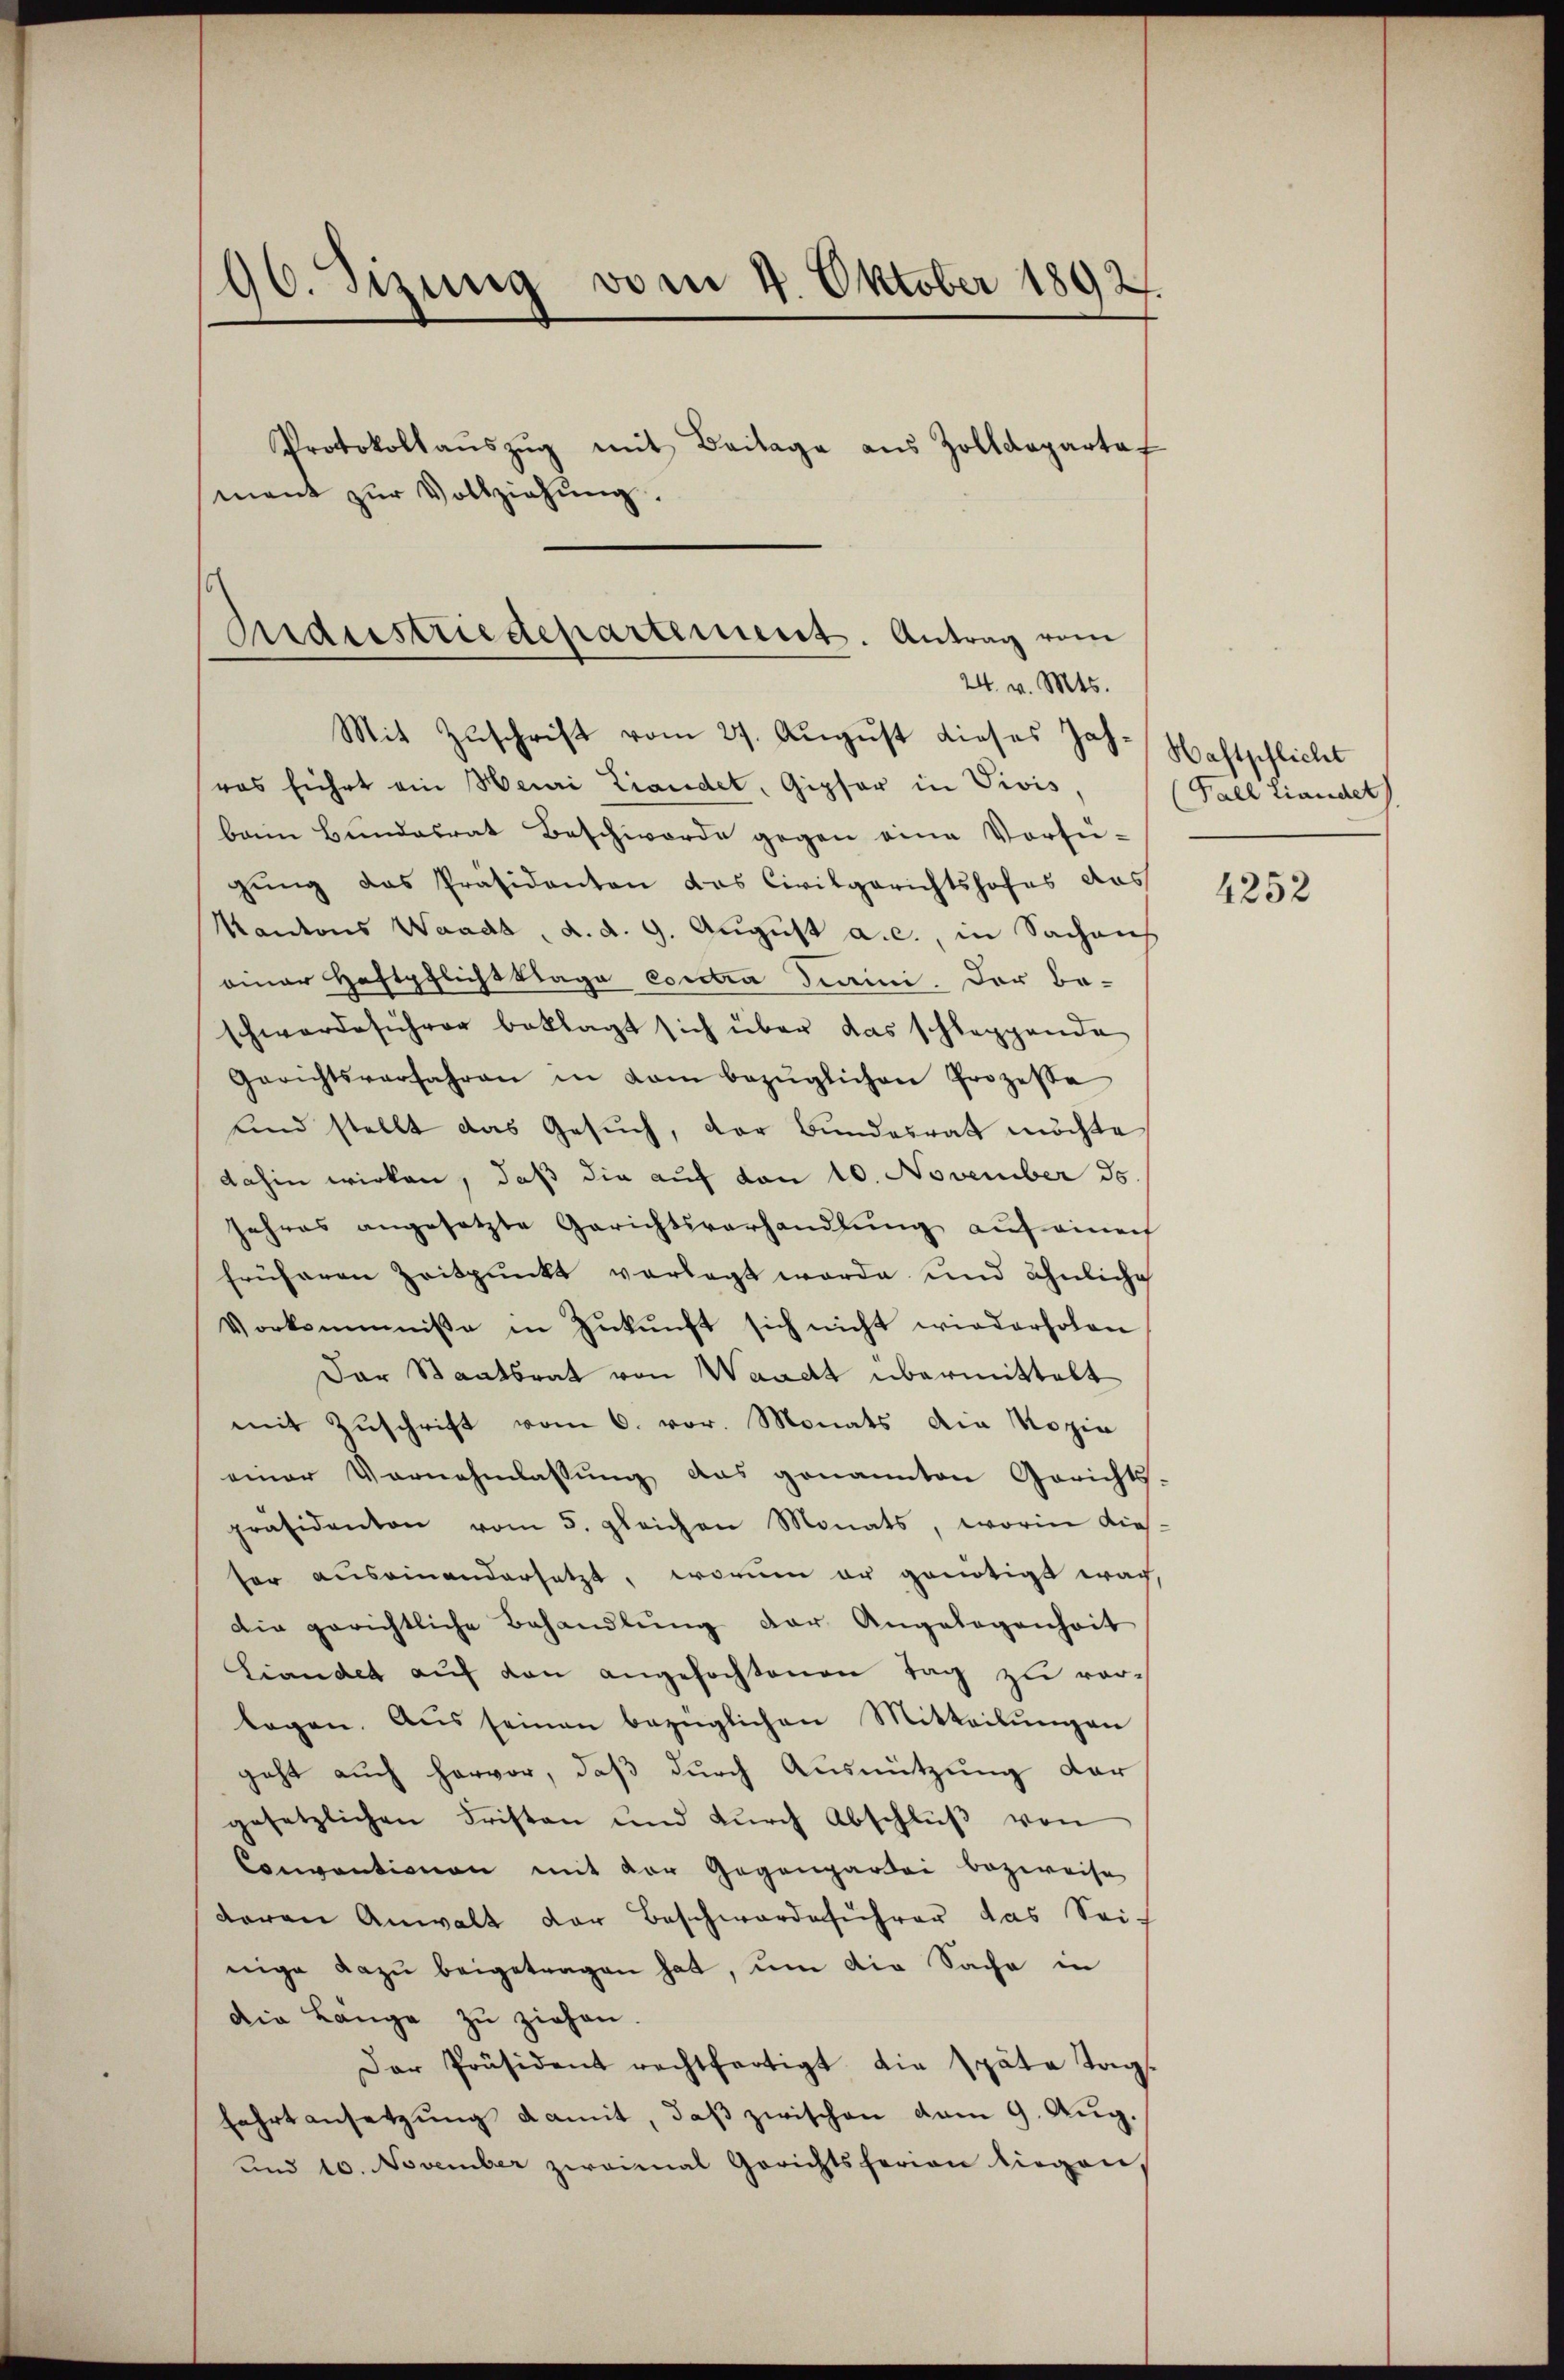
96. Sizung vom 4. Oktober 1892.
Protokollaŭszŭg mit Beilage aus Zolldepartaf
mant zŭr Vollziehŭng.

Anderstriedepartement. Antrag vom
24. v. Mts.
Mit Zuschrift vom 27. August dieses Joh. Haftschlicht

ras führt ein Heuri Landet, Gipfer in Vivis,
baim Bundesrat Beschworde gegen eine Vorsi-
gung das Präsidenten das Civilgerichtshofes das
Kantons Waadt, d. d. 9. August a.c., in Sachens
einer Haftpflicht klage contra draini. Der Beschwerdeführer beklagt sich über das schleppende
Gerichtsverfahren in kam bezüglichen Prozesse
und stellt das Gesuch, der Bundesrat möchte
dahin wirken, daß die auf von 10. November d.
Jahres angesetzte Gerichtsverhandlŭng auf einer
früheren Zeitpunkt vorlegt worde und ähnliche
Vorkommnisse in Zukunft sich nicht wiederholen
Dar Staatsrat von Waadt übermittelt
mit Zŭschrift vom 6. vor. Monats die Sozia
einer Vernehmlassŭng das genannten Gerichts-
präsidenten vom 5. gleichen Monats, worin dies-
ser auseinandersetzt, worum er genötigt wach,
Die gerichtliche Behandlŭng der Angelegenheit
Liander auf den angefochtenen Tag zu vorlagen. Aŭs seinen bezüglichen Mitteilŭngen
geht auch hervor, daß durch Ausnützung dar
gesetzlichen Fristen und durch Abschlŭβ von
Conventionen mit der Gegenpartei bezweife
daran Anwalt der Beschwerde sicher das Sei-
nige dazu beigetragen hat, um die Sache in
die Länge zu ziehen.
Der Präsident rechtfertigt die Späta Tag.
fahrtansetzung damit, daß zwischen vom 9. Aug.
und 10. November zweimal Gerichtsferien liegen

(Fall tiendet

4252